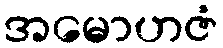
အမောဟဇံ